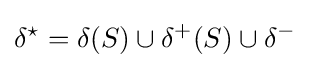
\delta ^{\star }=\delta (S)\cup \delta ^{+}(S)\cup \delta ^{-}